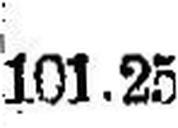
101.25